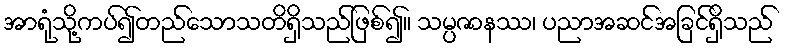
အာရုံသို့ကပ်၍တည်သောသတိရှိသည်ဖြစ်၍။ သမ္ပဇာနဿ၊ ပညာအဆင်အခြင်ရှိသည်